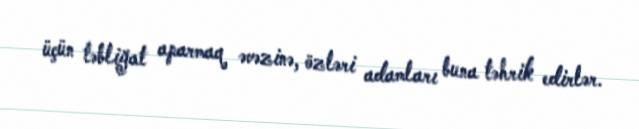
üçün təbliğat aparmaq əvəzinə, özləri adamları buna təhrik edirlər.